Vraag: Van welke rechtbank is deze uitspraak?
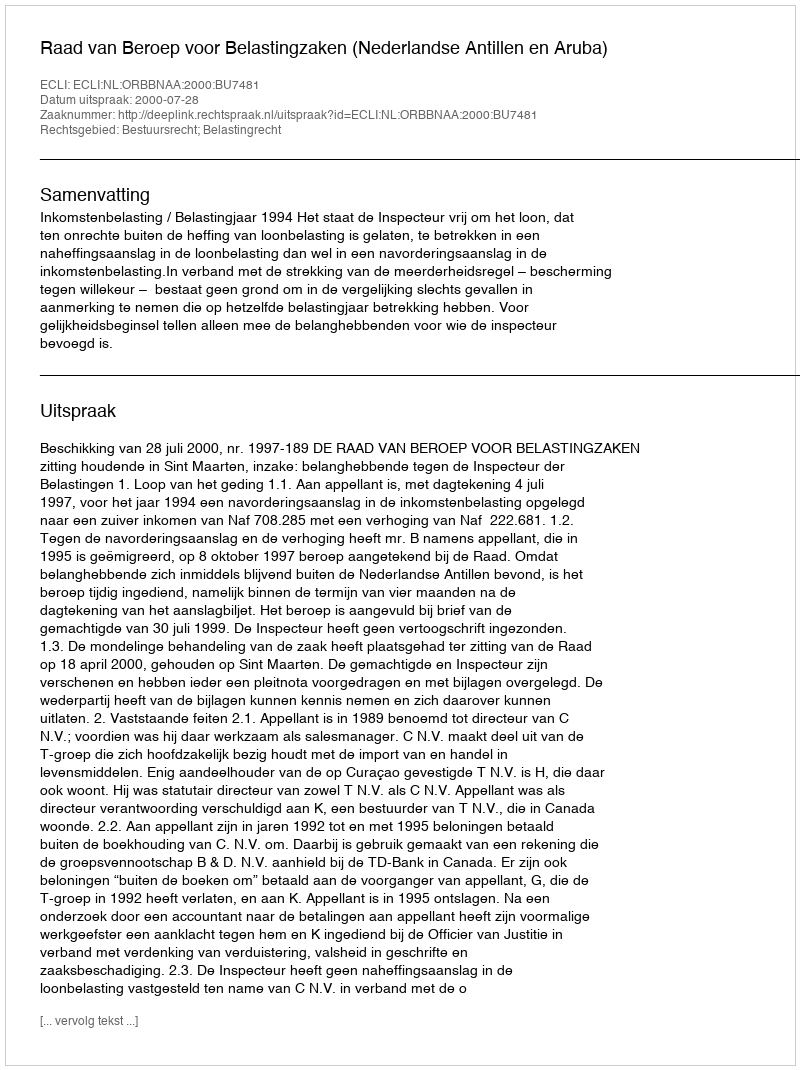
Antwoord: Raad van Beroep voor Belastingzaken (Nederlandse Antillen en Aruba)